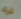
ترك